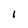
Character: l